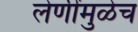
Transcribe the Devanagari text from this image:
लेणींमुळेच